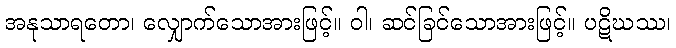
အနုသာရတော၊ လျှောက်သောအားဖြင့်။ ဝါ၊ ဆင်ခြင်သောအားဖြင့်။ ပဋိဃဿ၊